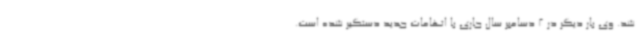
شد. وی بار دیگر در 2 دسامبر سال جاری با اتهامات جدید دستگیر شده است.